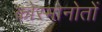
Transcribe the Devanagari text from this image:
कोस्मोनोतों